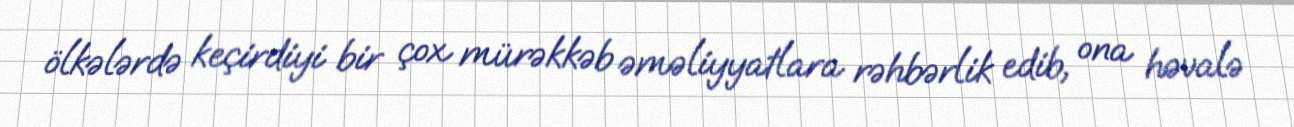
ölkələrdə keçirdiyi bir çox mürəkkəb əməliyyatlara rəhbərlik edib, ona həvalə